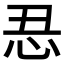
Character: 𱞆